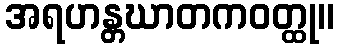
အရဟန္တဃာတကဝတ္ထု။